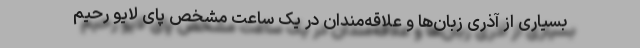
بسیاری از آذری زبان‌‌ها و علاقه‌مندان در یک ساعت مشخص پای لایو رحیم